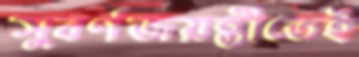
সুবর্ণজয়ন্তীতেই